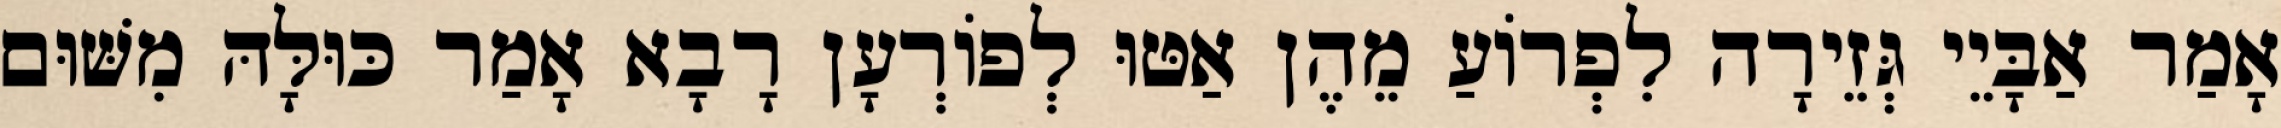
אָמַר אַבָּיֵי גְּזֵירָה לִפְרוֹעַ מֵהֶן אַטּוּ לְפוֹרְעָן רָבָא אָמַר כּוּלָּהּ מִשּׁוּם